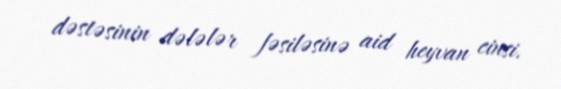
dəstəsinin dələlər fəsiləsinə aid heyvan cinsi.